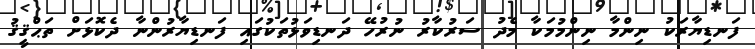
ފަނޑިޔާރަކު ނިންމާ ނިންމުމަކާ މެދު ސަރުކާރު ނުރުހޭ ދަނޑިވަޅުތަކުގައި ފަނޑިޔާރުންނާ ދެކޮޅަށް ތަޙްޤީޤު